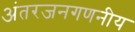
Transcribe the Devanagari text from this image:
अंतरजनगणनीय